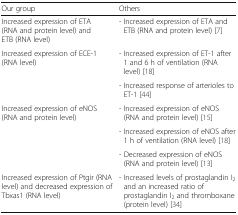
<table><thead><tr><td><b>Our group</b></td><td><b>Others</b></td></tr></thead><tbody><tr><td>Increased expression of ETA (RNA and protein level) and ETB (RNA level)</td><td>- Increased expression of ETA and ETB (RNA and protein level) [7]</td></tr><tr><td rowspan="2">Increased expression of ECE-1 (RNA level)</td><td>- Increased expression of ET-1 after 1 and 6 h of ventilation (RNA level) [18]</td></tr><tr><td>- Increased response of arterioles to ET-1 [44]</td></tr><tr><td rowspan="3">Increased expression of eNOS (RNA and protein level)</td><td>- Increased expression of eNOS (RNA and protein level) [15]</td></tr><tr><td>- Increased expression of eNOS after 1 h of ventilation (RNA level) [18]</td></tr><tr><td>- Decreased expression of eNOS (RNA and protein level) [13]</td></tr><tr><td>Increased expression of Ptgir (RNA level) and decreased expression of Tbxas1 (RNA level)</td><td>- Increased levels of prostaglandin I<sub>2</sub> and an increased ratio of prostaglandin I<sub>2</sub> and thromboxane (protein level) [34]</td></tr></tbody></table>